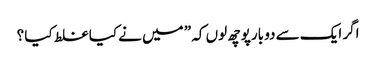
اگر ایک سے دو بارپوچھ لوں کہ ” میں نے کیا غلط کیا ؟